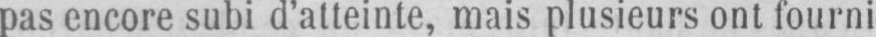
pas encore subi d’atteinte, mais plusieurs ont fourni